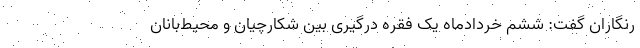
رنگاران گفت: ششم خردادماه یک فقره درگیری بین شکارچیان و محیط‌بانان